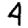
Digit: 4